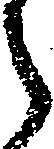
之